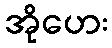
အိုဟေး